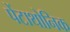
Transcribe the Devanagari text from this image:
पेंटाथोनिक